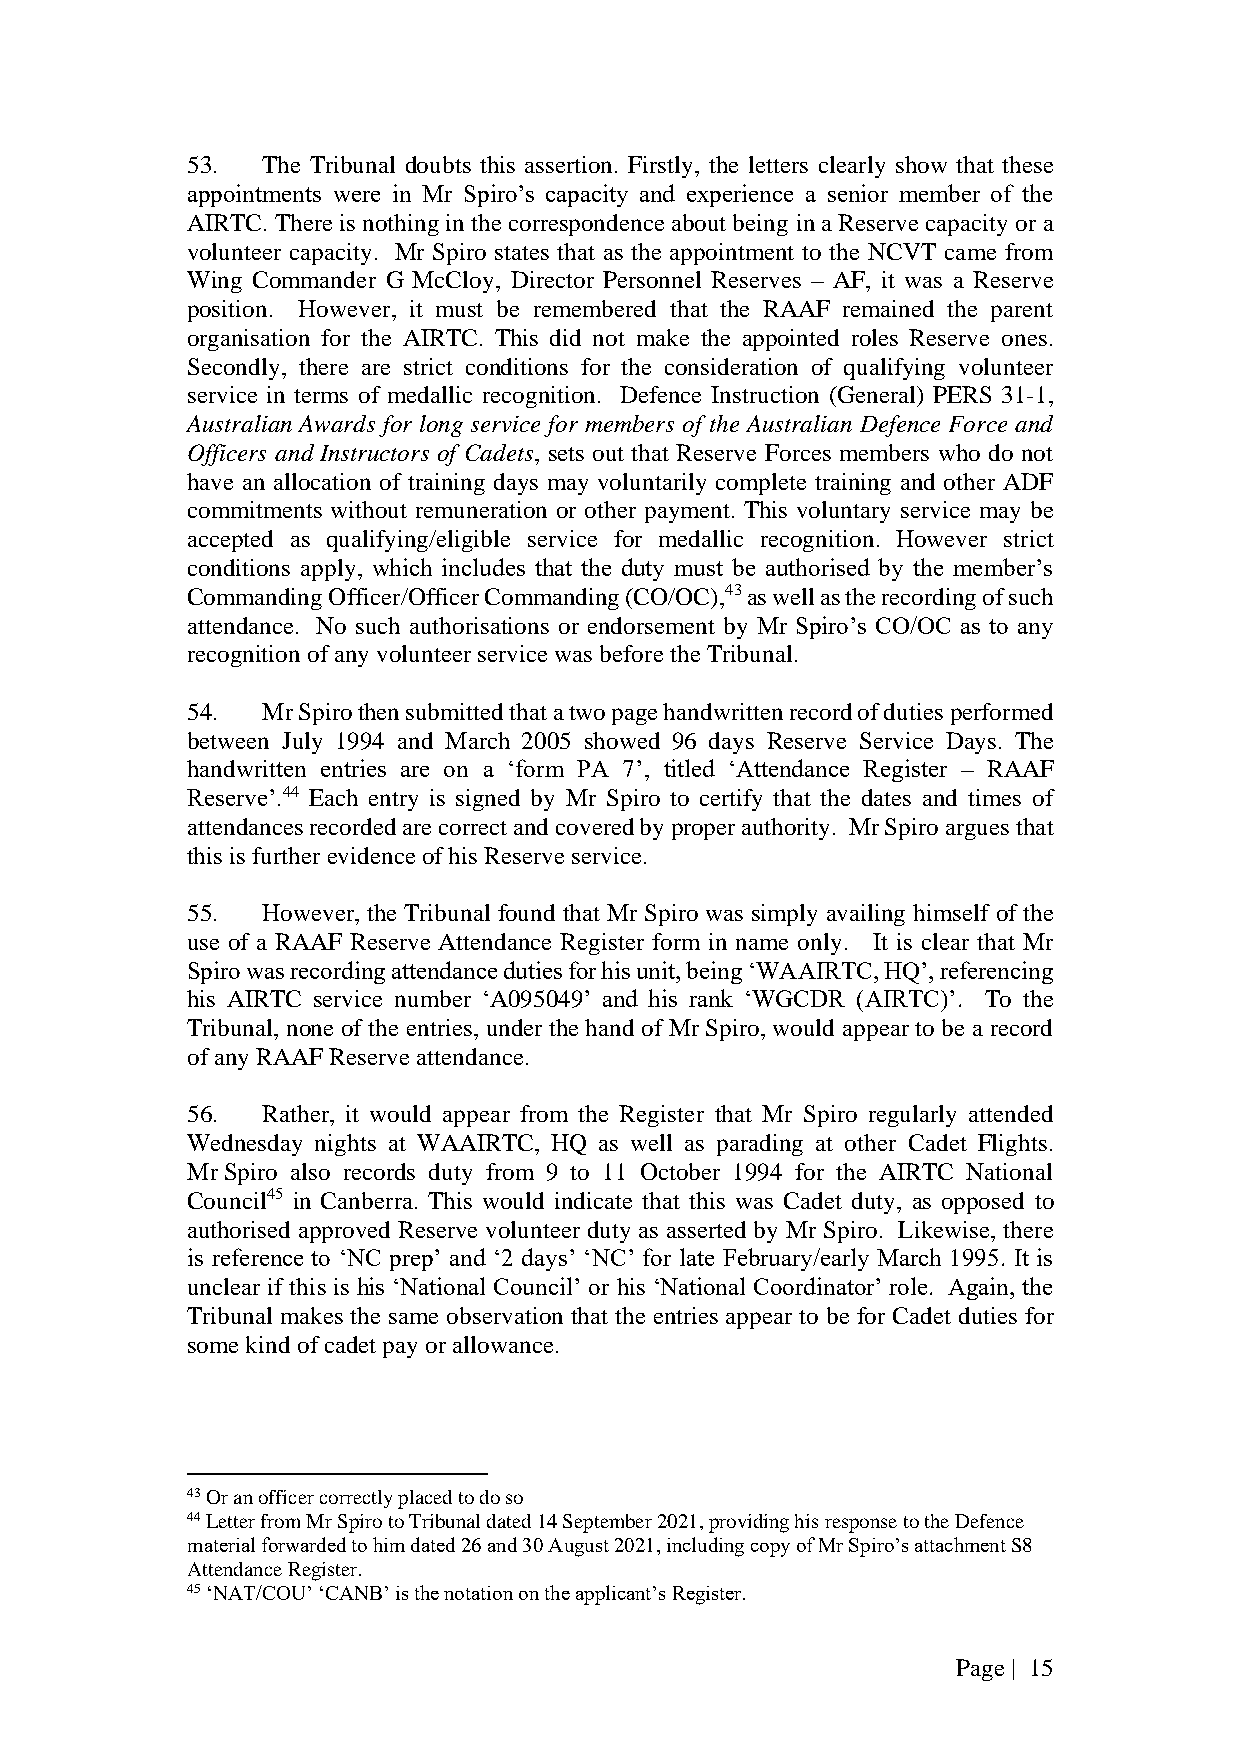
53.  The Tribunal doubts this assertion. Firstly, the letters clearly show that these
 appointments were in Mr Spiro’s capacity and experience a senior member of the
 AIRTC. There is nothing in the correspondence about being in a Reserve capacity or a
 volunteer capacity. Mr Spiro states that as the appointment to the NCVT came from
 Wing Commander G McCloy, Director Personnel Reserves – AF, it was a Reserve
 position. However, it must be remembered that the RAAF remained the parent
 organisation for the AIRTC. This did not make the appointed roles Reserve ones.
 Secondly, there are strict conditions for the consideration of qualifying volunteer
 service in terms of medallic recognition. Defence Instruction (General) PERS 31-1,
 Australian Awards for long service for members of the Australian Defence Force and
 Officers and Instructors of Cadets, sets out that Reserve Forces members who do not
 have an allocation of training days may voluntarily complete training and other ADF
 commitments without remuneration or other payment. This voluntary service may be
 accepted as qualifying/eligible service for medallic recognition. However strict
 conditions apply, which includes that the duty must be authorised by the member’s
 Commanding Officer/Officer Commanding (CO/OC),43 as well as the recording of such
 attendance. No such authorisations or endorsement by Mr Spiro’s CO/OC as to any
 recognition of any volunteer service was before the Tribunal.
 54.  Mr Spiro then submitted that a two page handwritten record of duties performed
 between July 1994 and March 2005 showed 96 days Reserve Service Days. The
 handwritten entries are on a ‘form PA 7’, titled ‘Attendance Register – RAAF
 Reserve’.44 Each entry is signed by Mr Spiro to certify that the dates and times of
 attendances recorded are correct and covered by proper authority. Mr Spiro argues that
 this is further evidence of his Reserve service.
 55.  However, the Tribunal found that Mr Spiro was simply availing himself of the
 use of a RAAF Reserve Attendance Register form in name only. It is clear that Mr
 Spiro was recording attendance duties for his unit, being ‘WAAIRTC, HQ’, referencing
 his AIRTC service number ‘A095049’ and his rank ‘WGCDR (AIRTC)’. To the
 Tribunal, none of the entries, under the hand of Mr Spiro, would appear to be a record
 of any RAAF Reserve attendance.
 56.  Rather, it would appear from the Register that Mr Spiro regularly attended
 Wednesday nights at WAAIRTC, HQ as well as parading at other Cadet Flights.
 Mr Spiro also records duty from 9 to 11 October 1994 for the AIRTC National
 Council45 in Canberra. This would indicate that this was Cadet duty, as opposed to
 authorised approved Reserve volunteer duty as asserted by Mr Spiro. Likewise, there
 is reference to ‘NC prep’ and ‘2 days’ ‘NC’ for late February/early March 1995. It is
 unclear if this is his ‘National Council’ or his ‘National Coordinator’ role. Again, the
 Tribunal makes the same observation that the entries appear to be for Cadet duties for
 some kind of cadet pay or allowance.
 43 Or an officer correctly placed to do so
 44 Letter from Mr Spiro to Tribunal dated 14 September 2021, providing his response to the Defence
 material forwarded to him dated 26 and 30 August 2021, including copy of Mr Spiro’s attachment S8
 Attendance Register.
 45 ‘NAT/COU’ ‘CANB’ is the notation on the applicant’s Register.
 Page | 15